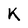
Character: K